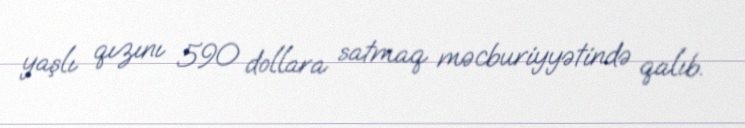
yaşlı qızını 590 dollara satmaq məcburiyyətində qalıb.